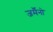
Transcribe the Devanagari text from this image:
जर्मैनो